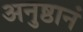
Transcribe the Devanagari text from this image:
अनुष्ठानं